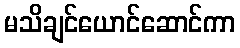
မသိချင်ယောင်ဆောင်ကာ